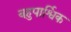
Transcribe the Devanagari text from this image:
बहुपार्श्विक